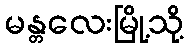
မန္တလေးမြို့သို့